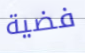
فضية